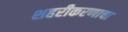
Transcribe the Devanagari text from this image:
शहरीकरणाचा